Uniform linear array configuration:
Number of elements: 32
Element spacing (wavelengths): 0.75
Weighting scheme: exponential
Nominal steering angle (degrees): -15
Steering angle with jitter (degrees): -14.328
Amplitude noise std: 0.05
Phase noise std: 0.05

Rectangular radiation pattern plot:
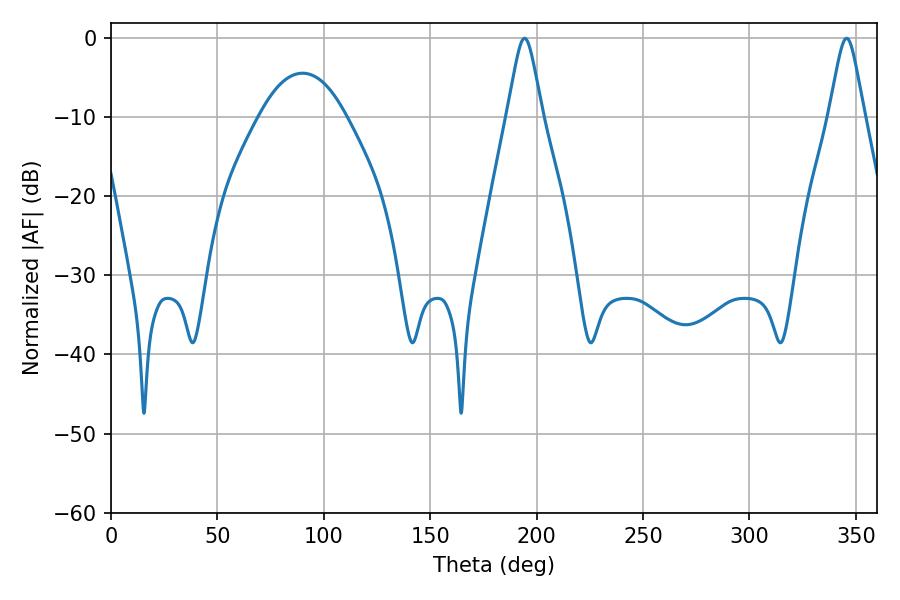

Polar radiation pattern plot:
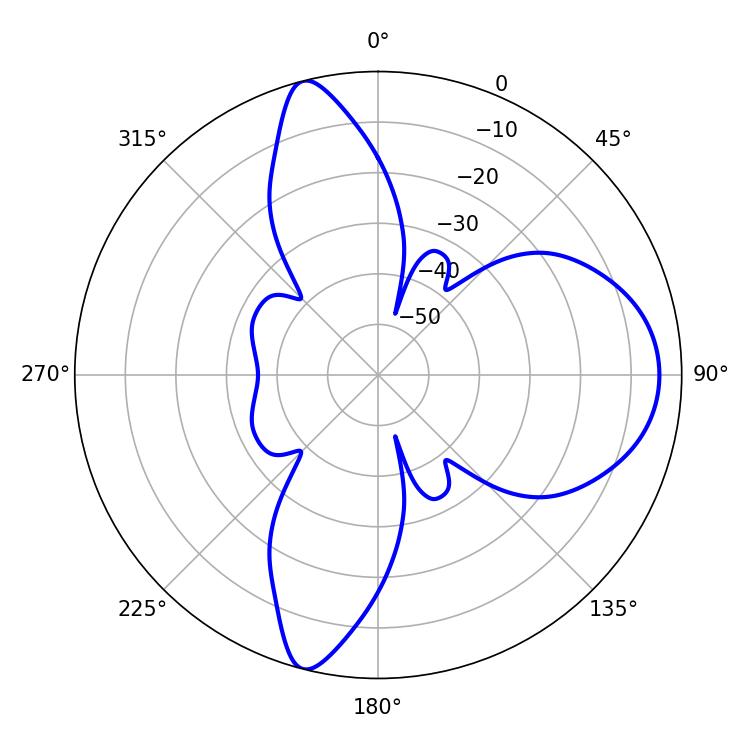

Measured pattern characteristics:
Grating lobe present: TRUE
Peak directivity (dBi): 12.206
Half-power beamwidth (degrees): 7.92
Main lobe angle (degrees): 194.4